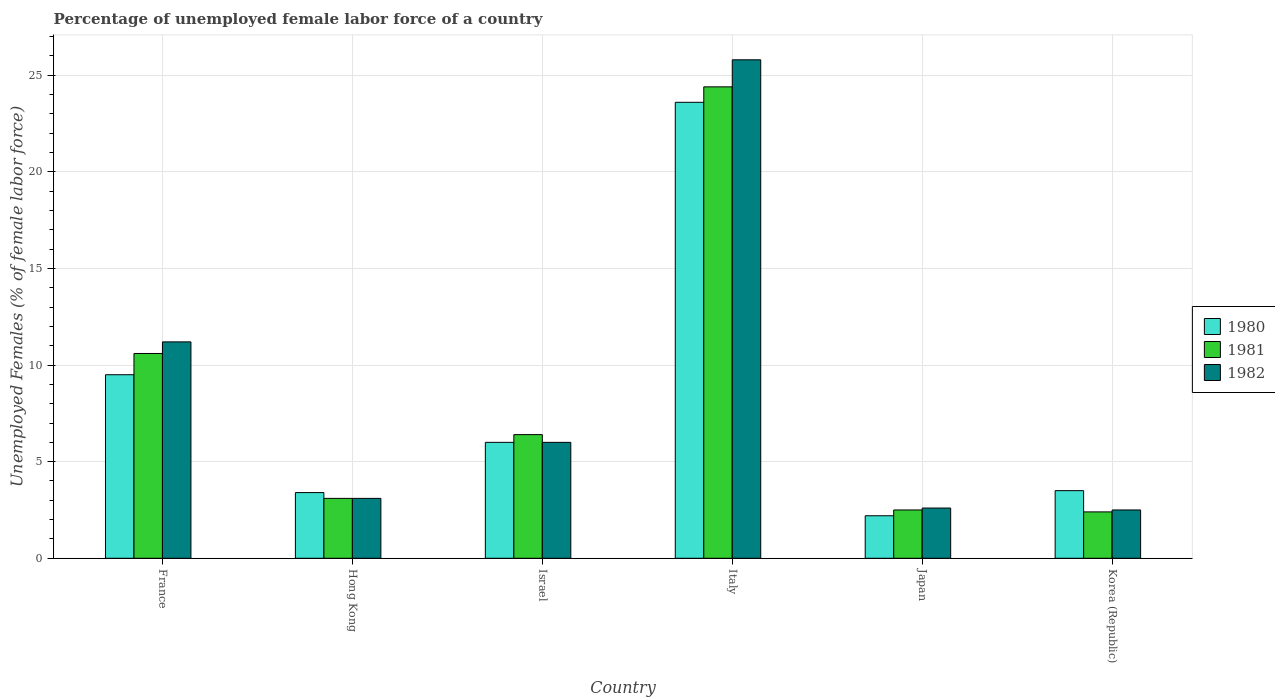
| Country | 1980 | 1981 | 1982 |
 | --- | --- | --- | --- |
 | France | 9.5 | 10.6 | 11.2 |
 | Hong Kong | 3.4 | 3.1 | 3.1 |
 | Israel | 6 | 6.4 | 6 |
 | Italy | 23.6 | 24.4 | 25.8 |
 | Japan | 2.2 | 2.5 | 2.6 |
 | Korea (Republic) | 3.5 | 2.4 | 2.5 |